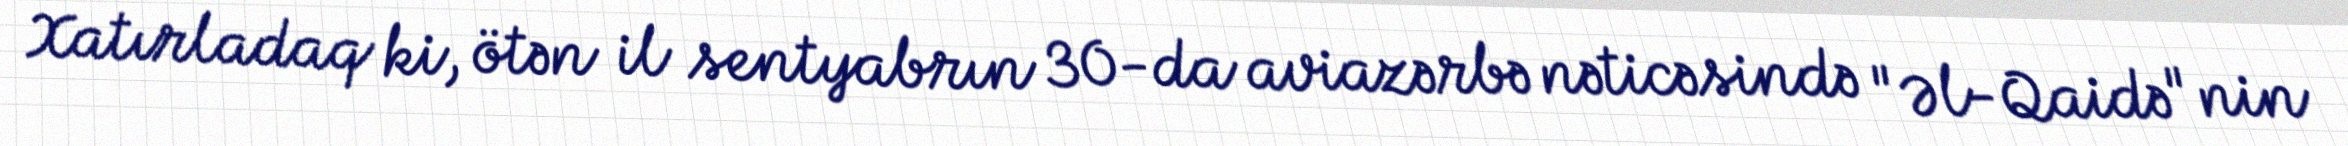
Xatırladaq ki, ötən il sentyabrın 30-da aviazərbə nəticəsində "Əl-Qaidə"nin